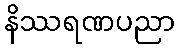
နိဿရဏပညာ